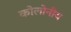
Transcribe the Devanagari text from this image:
कोलोनीय